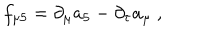
LaTeX: f _ { \mu 5 } = \partial _ { \mu } a _ { 5 } - \partial _ { \tau } a _ { \mu } \ ,